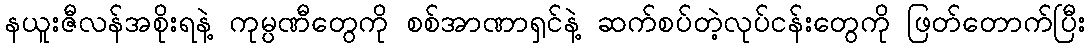
နယူးဇီလန်အစိုးရနဲ့ ကုမ္ပဏီတွေကို စစ်အာဏာရှင်နဲ့ ဆက်စပ်တဲ့လုပ်ငန်းတွေကို ဖြတ်တောက်ပြီး